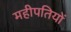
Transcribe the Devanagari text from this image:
महीपतियों